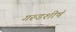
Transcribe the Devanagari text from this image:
गरुडशीर्ष